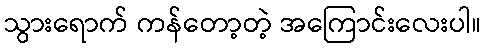
သွားရောက် ကန်တော့တဲ့ အကြောင်းလေးပါ။